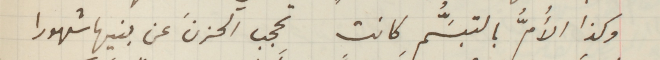
وكذا الأُمُّ بالتبسَُّمِ كانت تحجب الحزنَ عن بنيها شهورا